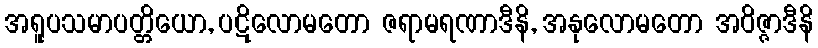
အရူပသမာပတ္တိယော, ပဋိလောမတော ဇရာမရဏာဒီနိ, အနုလောမတော အဝိဇ္ဇာဒီနိ